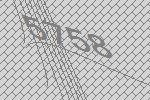
5758